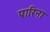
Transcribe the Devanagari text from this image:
पारिना